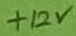
Text: +12V